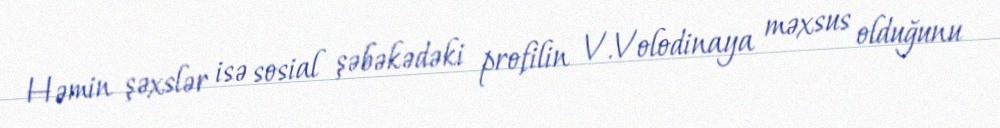
Həmin şəxslər isə sosial şəbəkədəki profilin V.Volodinaya məxsus olduğunu